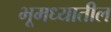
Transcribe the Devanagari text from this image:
भूमध्यातील